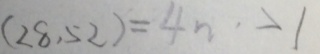
( 2 8 , 5 2 ) = 4 n \cdot > 1